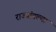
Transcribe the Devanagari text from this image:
राज्यांतल्या